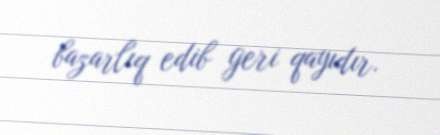
bazarlıq edib geri qayıdır.